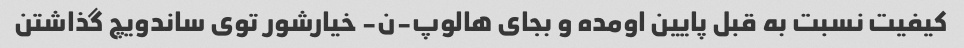
کیفیت نسبت به قبل پایین اومده و بجای هالوپ-ن- خیارشور توی ساندویچ گذاشتن